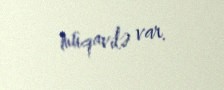
müqavilə var.